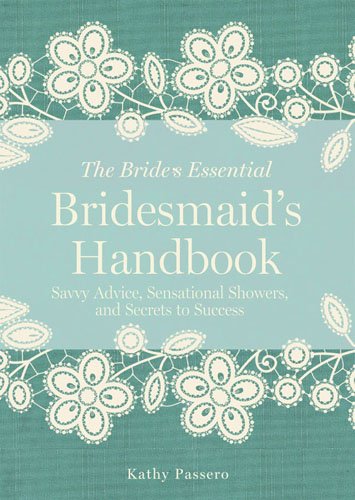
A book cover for Bridesmaid's Handbook: Savvy Advice, Sensational Showers, and Secrets to Success (The Bride's Essential); Kathy Passero; Crafts, Hobbies & Home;